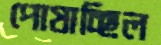
পোষাচ্ছিল